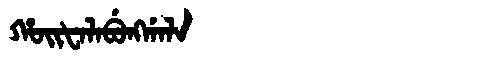
Manchu: ᡥᠣᡳᡶᠠᠯᠠᠪᡠᠩᡤᠠᠯᠠ
Romanization: HOIFALABUNGGALA